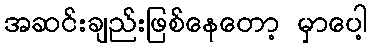
အဆင်းချည်းဖြစ်နေတော့ မှာပေါ့